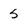
Character: 5